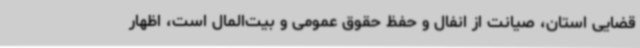
قضایی استان، صیانت از انفال و حفظ حقوق عمومی و بیت‌المال است، اظهار